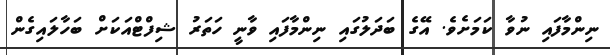
ނިންމާފައި ނުވާ ކަމަށެވެ. އޭގެ ބަދަލުގައި ނިންމާފައި ވާނީ ހަތަރު ޝިފްޓްއަކަށް ބަހާލައިގެން